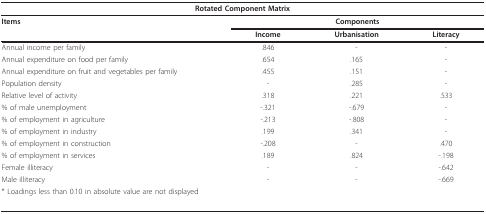
<table><thead><tr><td colspan="4"><b>Rotated Component Matrix</b></td></tr></thead><tbody><tr><td><b>Items</b></td><td colspan="3"><b>Components</b></td></tr><tr><td></td><td><b>Income</b></td><td><b>Urbanisation</b></td><td><b>Literacy</b></td></tr><tr><td>Annual income per family</td><td>.846</td><td>-</td><td>-</td></tr><tr><td>Annual expenditure on food per family</td><td>.654</td><td>.165</td><td>-</td></tr><tr><td>Annual expenditure on fruit and vegetables per family</td><td>.455</td><td>.151</td><td>-</td></tr><tr><td>Population density</td><td>-</td><td>.285</td><td>-</td></tr><tr><td>Relative level of activity</td><td>.318</td><td>.221</td><td>.533</td></tr><tr><td>% of male unemployment</td><td>-.321</td><td>-.679</td><td>-</td></tr><tr><td>% of employment in agriculture</td><td>-.213</td><td>-.808</td><td>-</td></tr><tr><td>% of employment in industry</td><td>.199</td><td>.341</td><td>-</td></tr><tr><td>% of employment in construction</td><td>-.208</td><td>-</td><td>.470</td></tr><tr><td>% of employment in services</td><td>.189</td><td>.824</td><td>-.198</td></tr><tr><td>Female illiteracy</td><td>-</td><td>-</td><td>-.642</td></tr><tr><td>Male illiteracy</td><td>-</td><td>-</td><td>-.669</td></tr><tr><td colspan="2">* Loadings less than 0.10 in absolute value are not displayed</td><td></td><td></td></tr></tbody></table>